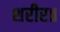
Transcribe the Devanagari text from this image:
शरीर॥